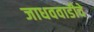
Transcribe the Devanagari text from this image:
जाधववाडीचे